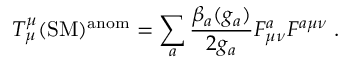
T _ { \mu } ^ { \mu } ( \mathrm { S M } ) ^ { \mathrm { a n o m } } = \sum _ { a } \frac { \beta _ { a } ( g _ { a } ) } { 2 g _ { a } } F _ { \mu \nu } ^ { a } F ^ { a \mu \nu } \; .